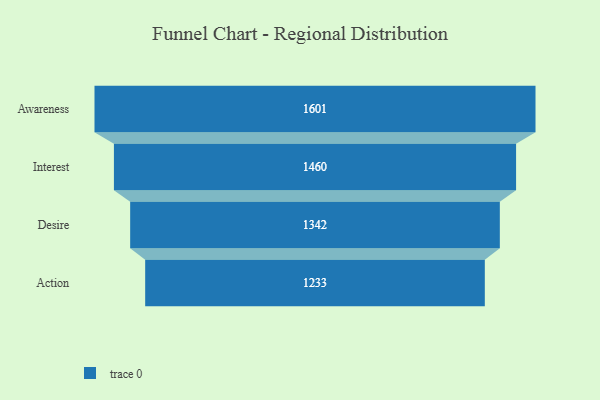
{"axis": {"x": "Stage", "y": "Value"}, "legend": [""], "data": [{"x": "Awareness", "y": 1601.0, "type": ""}, {"x": "Interest", "y": 1460.0, "type": ""}, {"x": "Desire", "y": 1342.0, "type": ""}, {"x": "Action", "y": 1233.0, "type": ""}]}